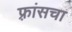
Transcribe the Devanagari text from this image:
फ़्रांसचा